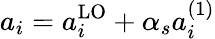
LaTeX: a_{i}=a_{i}^{\mathrm{LO}}+\alpha_{s}a_{i}^{(1)}